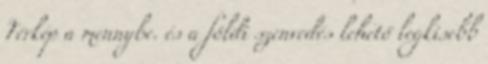
Térkép a mennybe. és a földi szenvedés lehető legkisebb